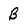
Character: B